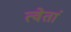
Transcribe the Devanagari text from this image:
त्वेतां